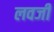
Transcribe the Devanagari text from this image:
लवजी